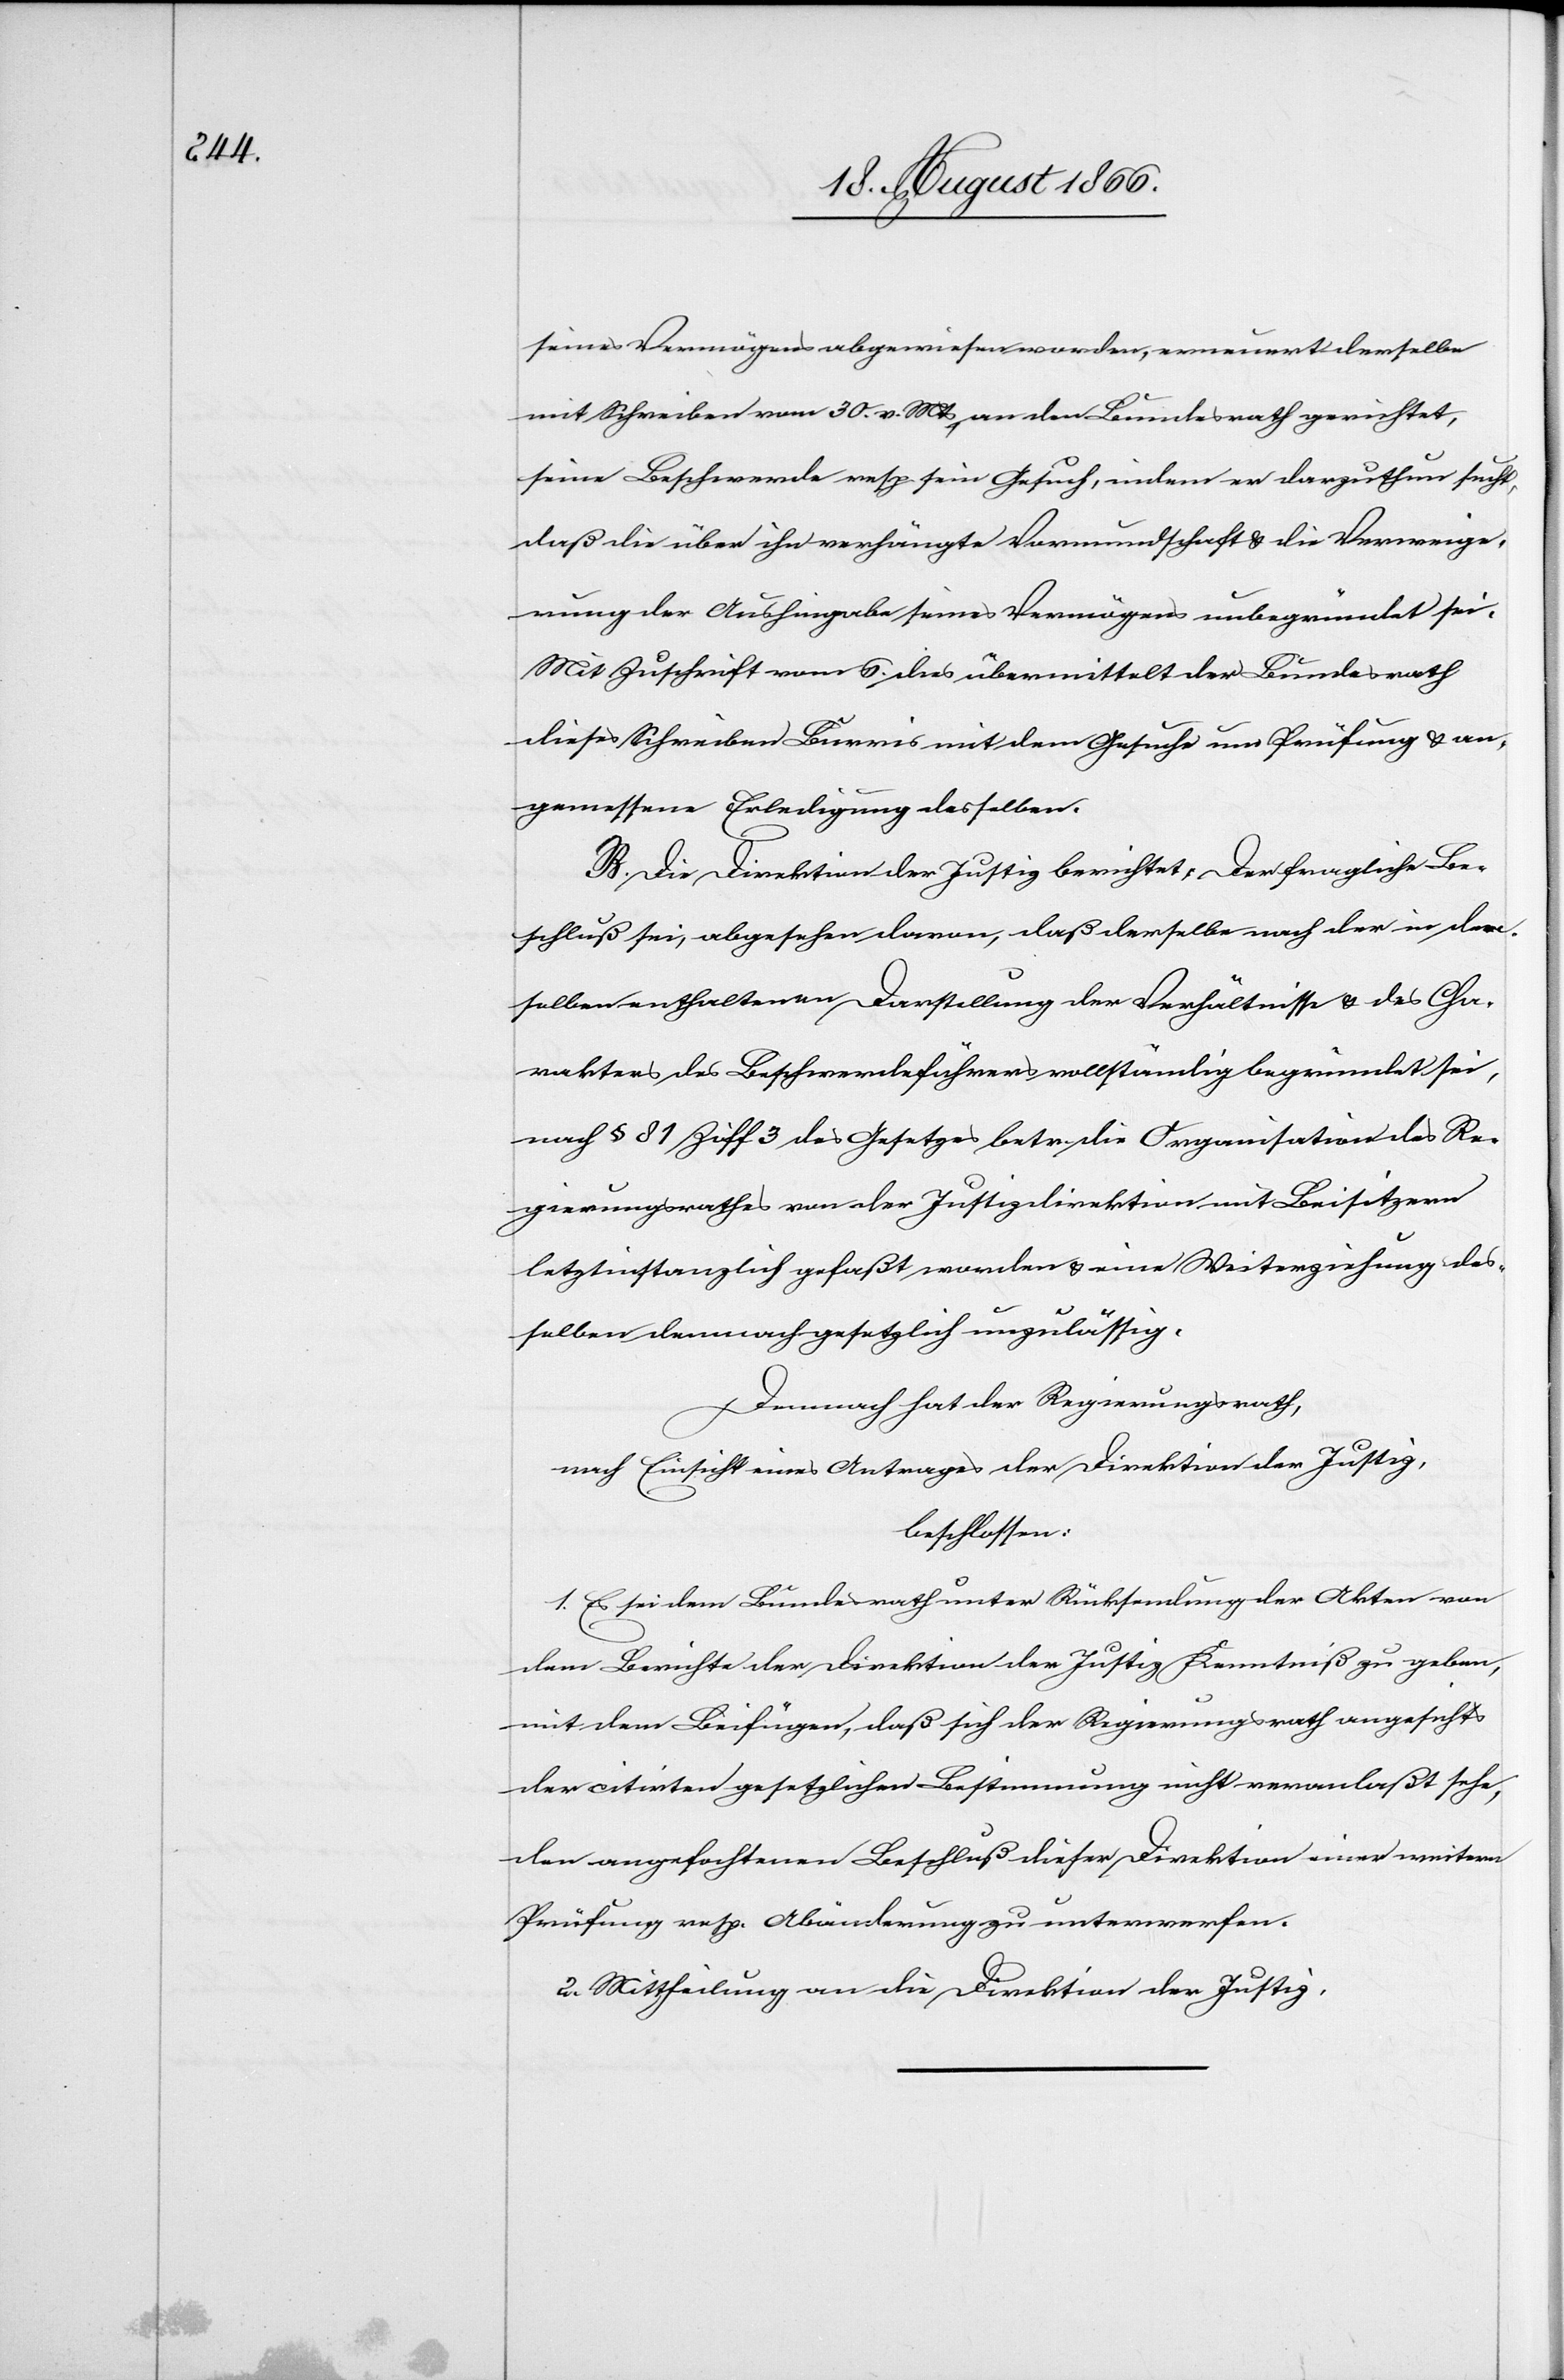
seines Vermögens abgewiesen worden, erneuert derselbe
mit Schreiben vom 30. v. Mts, an den Bundesrath gerichtet,
seine Beschwerde resp. sein Gesuch, indem er darzuthun sucht,
daß die über ihn verhängte Vormundschaft u. die Verweige¬
rung der Aushingabe seines Vermögens unbegründet sei.
Mit Zuschrift vom 6. dies übermittelt der Bundesrath
dieses Schreiben mit dem Gesuche um Prüfung u. an¬
gemessene Erledigung desselben.
B. Die Direktion der Justiz berichtet: Der fragliche Be¬
schluß sei, abgesehen davon, daß derselbe nach der in dem¬
selben enthaltenen Darstellung der Verhältnisse u. des Cha¬
rakters des Beschwerdeführers vollständig begründet sei,
nach § 81 Ziff. 3 des Gesetzes betr. die Organisation des Re¬
gierungsrathes von der Justizdirektion mit Beisitzern
letztinstanzlich gefaßt worden u. eine Weiterziehung des¬
selben demnach gesetzlich unzulässig.
Demnach hat der Regierungsrath,
nach Einsicht eines Antrages der Direktion der Justiz,
beschlossen:
1. Es sei dem Bundesrath unter Rücksendung der Akten von
dem Berichte der Direktion der Justiz Kenntniß zu geben,
mit dem Beifügen, daß sich der Regierungsrath angesichts
der citirten gesetzlichen Bestimmung nicht veranlaßt sehe,
den angefochtenen Beschluß dieser Direktion einer weitern
Prüfung resp. Abänderung zu unterwerfen.
2. Mittheilung an die Direktion der Justiz.